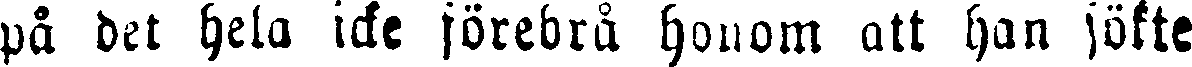
på det hela icke förebrå honom att han sökte